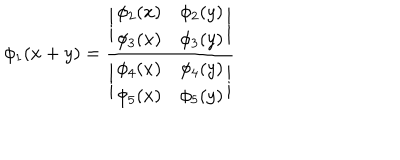
\phi _ { 1 } ( x + y ) = { \frac { \biggl | \begin{matrix} { { \phi _ { 2 } ( x ) } } & { { \phi _ { 2 } ( y ) } } \\ { { \phi _ { 3 } ( x ) } } & { { \phi _ { 3 } ( y ) } } \\ \end{matrix} \biggr | } { \biggl | \begin{matrix} { { \phi _ { 4 } ( x ) } } & { { \phi _ { 4 } ( y ) } } \\ { { \phi _ { 5 } ( x ) } } & { { \phi _ { 5 } ( y ) } } \\ \end{matrix} \biggr | } }